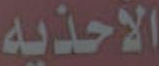
الأحذيه